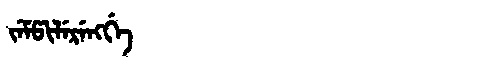
Manchu: ᠵᡝᠮᡦᡳᠯᡝᡵᡝᠩᡤᡝ
Romanization: JEMPILERENGGE